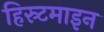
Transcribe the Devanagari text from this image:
हिस्र्टमाइन